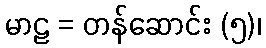
မာဠ = တန်ဆောင်း (၅)၊